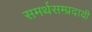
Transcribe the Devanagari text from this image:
समर्थसम्प्रदायी